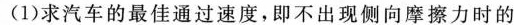
(1)求汽车的最佳通过速度，即不出现侧向摩擦力时的